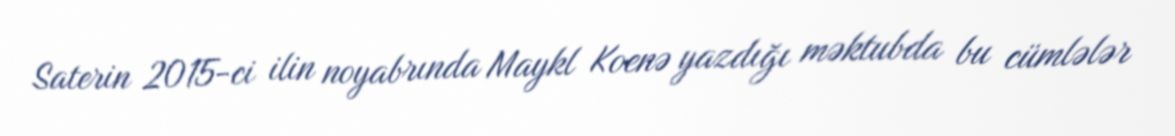
Saterin 2015-ci ilin noyabrında Maykl Koenə yazdığı məktubda bu cümlələr